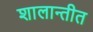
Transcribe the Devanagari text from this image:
शालान्तीत